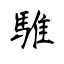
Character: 騅